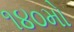
૧૪૦મો